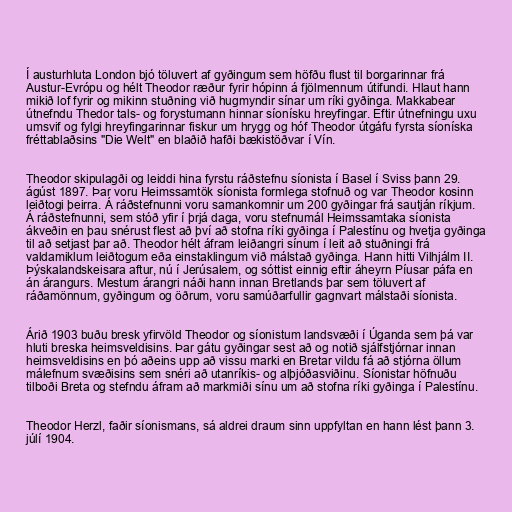
Í austurhluta London bjó töluvert af gyðingum sem höfðu flust til borgarinnar frá
Austur-Evrópu og hélt Theodor ræður fyrir hópinn á fjölmennum útifundi. Hlaut hann
mikið lof fyrir og mikinn stuðning við hugmyndir sínar um ríki gyðinga. Makkabear
útnefndu Thedor tals- og forystumann hinnar síonísku hreyfingar. Eftir útnefningu uxu
umsvif og fylgi hreyfingarinnar fiskur um hrygg og hóf Theodor útgáfu fyrsta síoníska
fréttablaðsins "Die Welt" en blaðið hafði bækistöðvar í Vín.

Theodor skipulagði og leiddi hina fyrstu ráðstefnu síonista í Basel í Sviss þann 29.
ágúst 1897. Þar voru Heimssamtök síonista formlega stofnuð og var Theodor kosinn
leiðtogi þeirra. Á ráðstefnunni voru samankomnir um 200 gyðingar frá sautján ríkjum.
Á ráðstefnunni, sem stóð yfir í þrjá daga, voru stefnumál Heimssamtaka síonista
ákveðin en þau snérust flest að því að stofna ríki gyðinga í Palestínu og hvetja gyðinga
til að setjast þar að. Theodor hélt áfram leiðangri sínum í leit að stuðningi frá
valdamiklum leiðtogum eða einstaklingum við málstað gyðinga. Hann hitti Vilhjálm II.
Þýskalandskeisara aftur, nú í Jerúsalem, og sóttist einnig eftir áheyrn Píusar páfa en
án árangurs. Mestum árangri náði hann innan Bretlands þar sem töluvert af
ráðamönnum, gyðingum og öðrum, voru samúðarfullir gagnvart málstaði síonista.

Árið 1903 buðu bresk yfirvöld Theodor og síonistum landsvæði í Úganda sem þá var
hluti breska heimsveldisins. Þar gátu gyðingar sest að og notið sjálfstjórnar innan
heimsveldisins en þó aðeins upp að vissu marki en Bretar vildu fá að stjórna öllum
málefnum svæðisins sem snéri að utanríkis- og alþjóðasviðinu. Síonistar höfnuðu
tilboði Breta og stefndu áfram að markmiði sínu um að stofna ríki gyðinga í Palestínu.

Theodor Herzl, faðir síonismans, sá aldrei draum sinn uppfyltan en hann lést þann 3.
júlí 1904.